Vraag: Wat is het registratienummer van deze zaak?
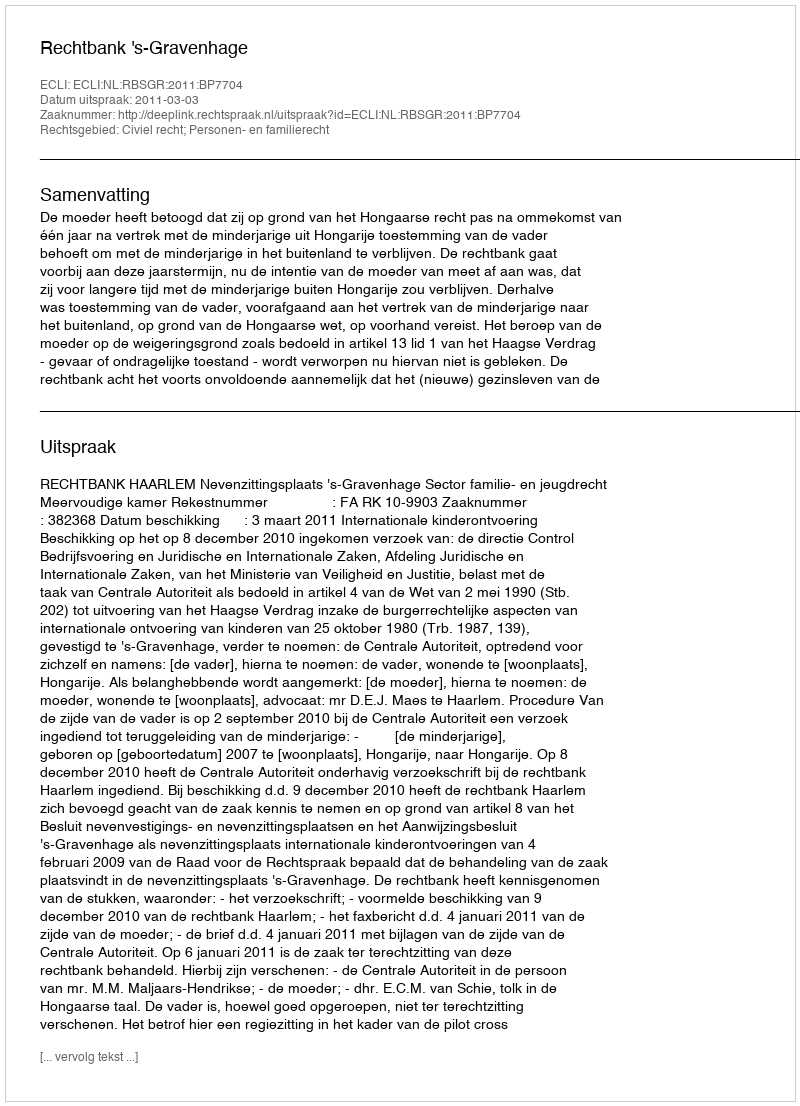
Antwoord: http://deeplink.rechtspraak.nl/uitspraak?id=ECLI:NL:RBSGR:2011:BP7704